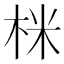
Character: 𭩽